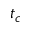
t _ { c }